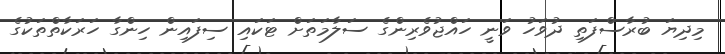
މިދިޔަ ބުރާސްފަތި ދުވަހު ވަނީ ހައްޖުވެރިންގެ ސަލާމަތަށް ޓަކައި ސިފައިން ހިންގާ ހަރަކާތްތަކުގެ